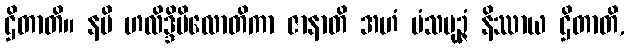
ဌိတာတိ။ နပိ ဟလိဒ္ဒိပိလောတိကာ ဇာနာတိ အဟံ မံသပုဉ္ဇံ နိဿာယ ဌိတာတိ,